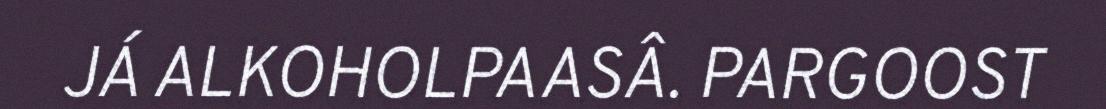
JÁ ALKOHOLPAASÂ. PARGOOST